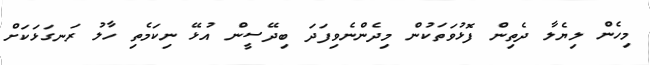
މިހެން ލިޔެލާ ދެތިން ފޮޅުވަތަކުން މިދެންނެވިފަދަ ބިދޭސީން އުޅޭ ނިކަމެތި ހާލު ރަނގަޅަކަށް